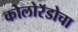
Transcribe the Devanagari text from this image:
कोलोरॅडोचा